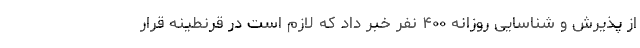
از پذیرش و شناسایی روزانه ۴۰۰ نفر خبر داد که لازم است در قرنطینه قرار